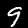
Label: 9